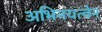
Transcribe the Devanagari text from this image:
अभिनयत्वेन